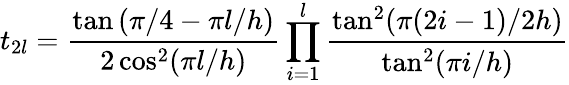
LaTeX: t_{2l}=\frac{\tan\left(\pi/4-\pi l/h\right)}{2\cos^{2}(\pi l/h)}\prod_{i=1}^{l}\frac{\tan^{2}(\pi(2i-1)/2h)}{\tan^{2}(\pi i/h)}